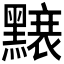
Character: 𪒌